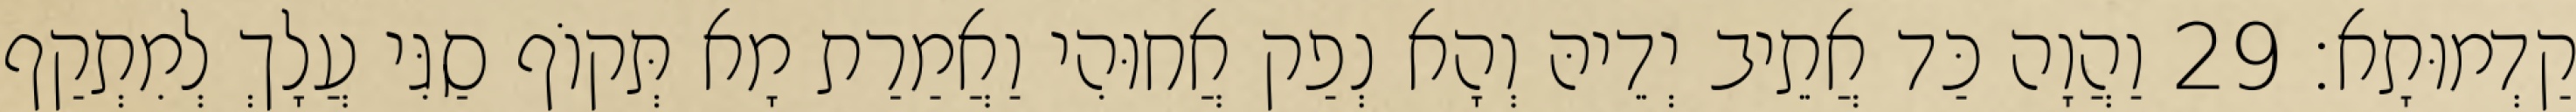
קַדְמוּתָא׃ 29 וַהֲוָה כַּד אֲתֵיב יְדֵיהּ וְהָא נְפַק אֲחוּהִי וַאֲמַרַת מָא תְּקוֹף סַגִּי עֲלָךְ לְמִתְקַף